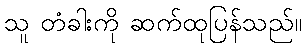
သူ တံခါးကို ဆက်ထုပြန်သည်။